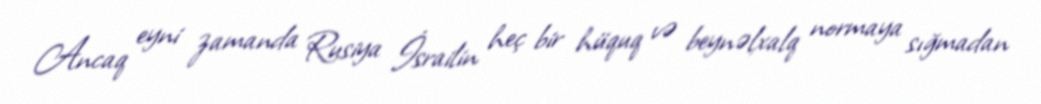
Ancaq eyni zamanda Rusiya İsrailin heç bir hüquq və beynəlxalq normaya sığmadan